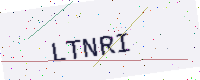
Text: LTNRI